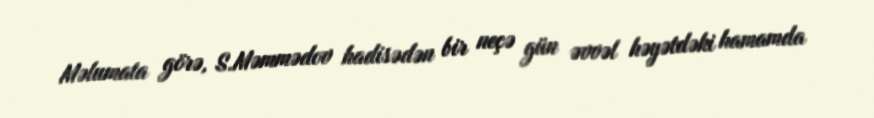
Məlumata görə, S.Məmmədov hadisədən bir neçə gün əvvəl həyətdəki hamamda